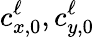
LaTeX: c_{x,0}^{\ell},c_{y,0}^{\ell}